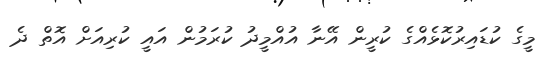
މީގެ ކުޑައިރުކޮޅެއްގެ ކުރީން އޭނާ އުއްމީދު ކުރަމުން އައީ ކުރިއަށް އޮތް ދެ